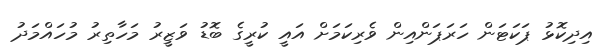
އިދިކޮޅު ޕަކަޓަން ހަރަޕަންއިން ވެރިކަމަށް އައީ ކުރީގެ ބޮޑު ވަޒީރު މަހާތިރު މުހައްމަދު